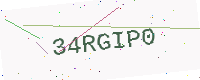
Text: 34RGIP0